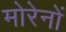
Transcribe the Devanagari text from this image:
मोरेनों